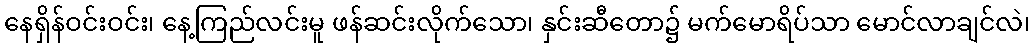
နေရှိန်ဝင်းဝင်း၊ နေ့ကြည်လင်းမူ ဖန်ဆင်းလိုက်သော၊ နှင်းဆီတော၌ မက်မောရိပ်သာ မောင်လာချင်လဲ၊